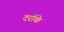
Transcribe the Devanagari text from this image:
दर्रोके